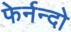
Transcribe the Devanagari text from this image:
फेर्नन्दो